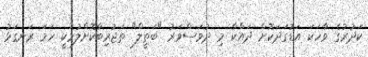
ކަދުރުގެ ވާހަކަ އަޑުގަދަކޮށް ދައްކާ މި ދުވަސްވަރު "ބަތީލް" ތަޖުރިބާކޮށްލުމަކީ ހަމަ ރަނގަޅު